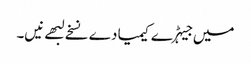
میں جیہڑے کیمیا دے نسخے لبھے نیں۔